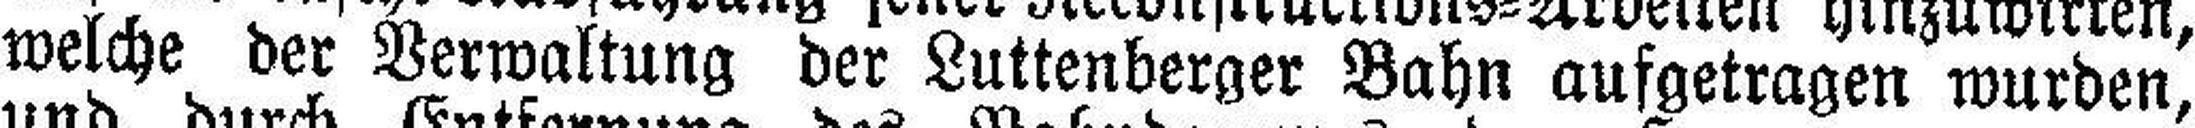
welche der Verwaltung der Luttenberger Bahn aufgetragen wurden,